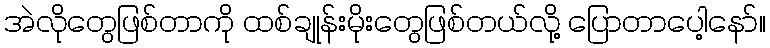
အဲလိုတွေဖြစ်တာကို ထစ်ချုန်းမိုးတွေဖြစ်တယ်လို့ ပြောတာပေါ့နော်။